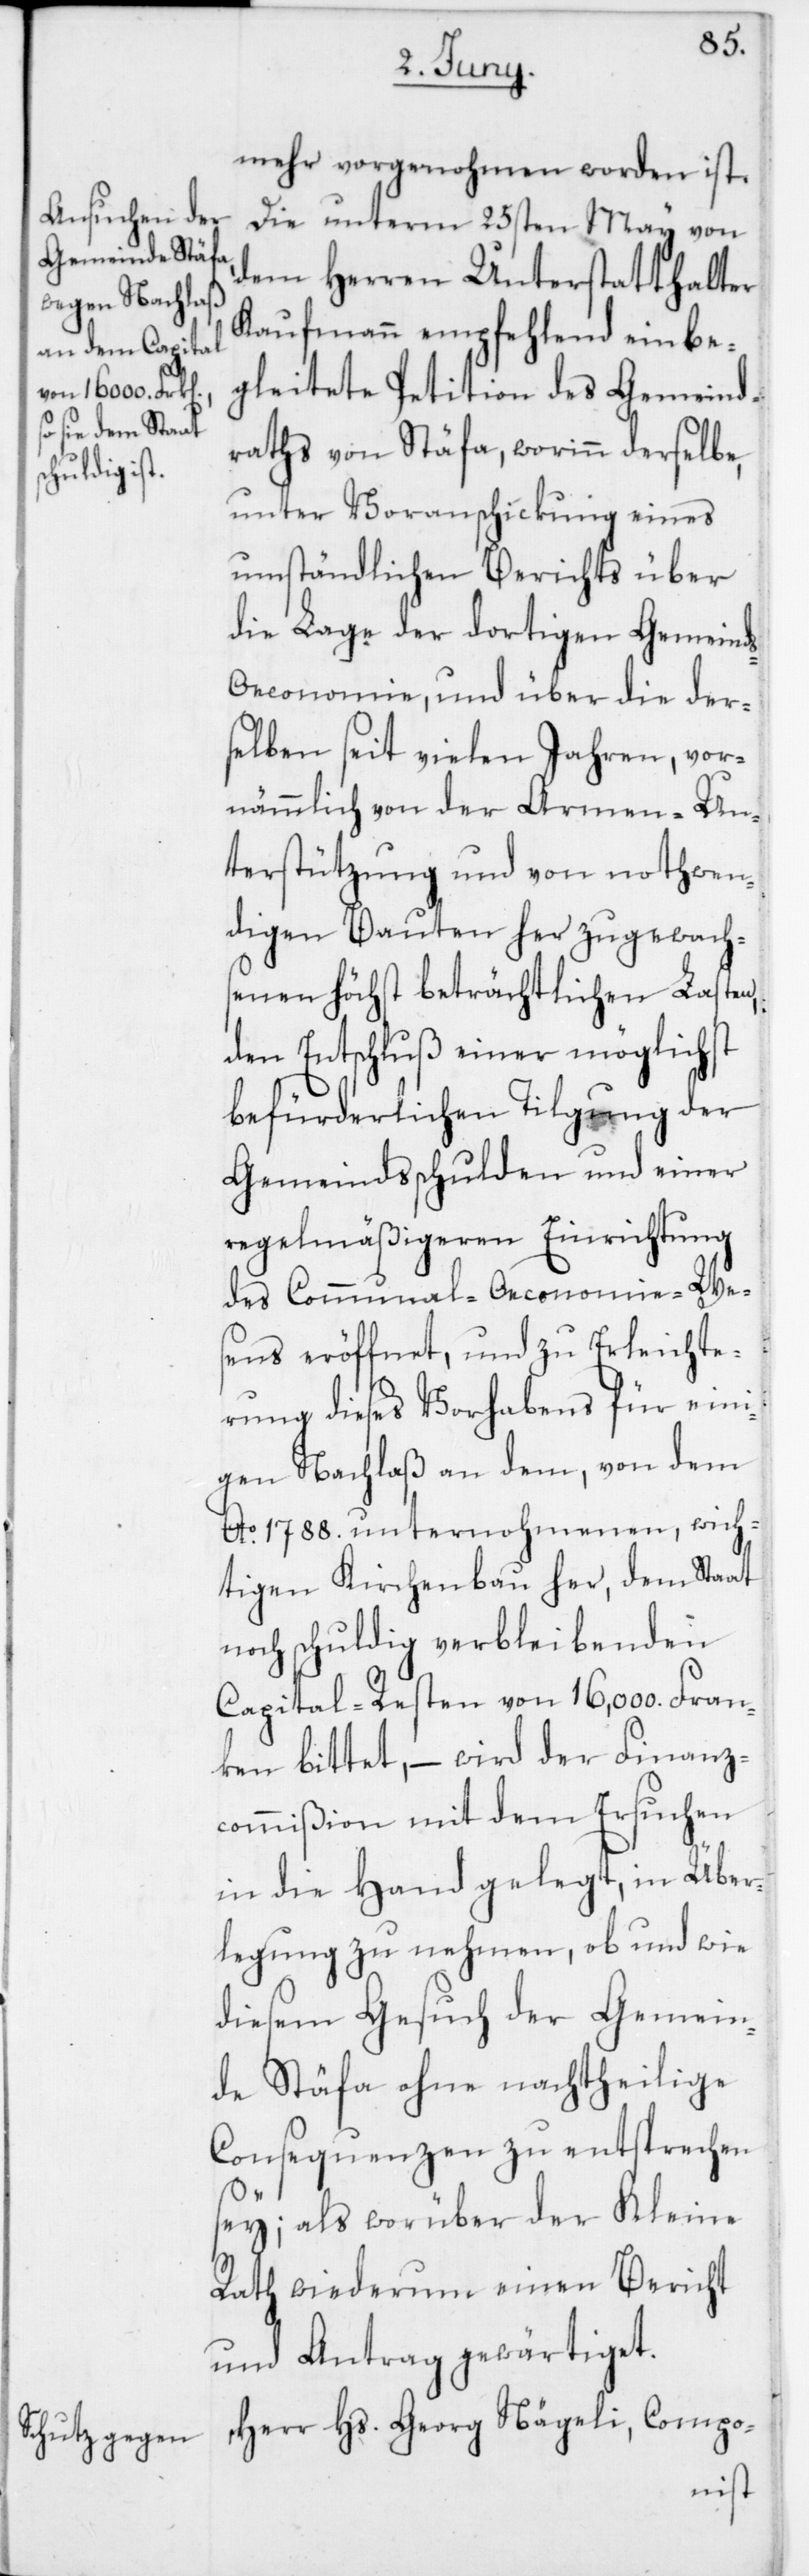
mehr vorgenohmen worden ist.
Die unterm 25sten May von
dem Herren Unterstatthalter
Kaufmann empfehlend einbe¬
gleitete Petition des Gemeind¬
raths von Stäfa, worinn derselbe,
unter Voranschickung eines
umständlichen Berichts über
die Lage der dortigen Gemeind¬
s-Oeconomie und über die der¬
selben seit vielen Jahren, vor¬
nämmlich von der Armen-Un¬
terstützung und von nothwen¬
digen Bauten her zugewachs¬
enen höchst beträchtlichen Lasten,
den Entschluß einer möglichst
befürderlichen Tilgung der
Gemeindsschulden und einer
regelmäßigeren Einrichtung
des Communal-Oeconomie-We¬
sens eröffnet, und zu Erleichte¬
rung dieses Vorhabens für eini¬
gen Nachlaß an dem, von dem
Ao 1788 unternohmenen, wich¬
tigen Kirchenbau her, dem Staat
noch schuldig verbleibenden
Capital-Resten von 16,000. Fran¬
ken bittet, – wird der Finanz¬
commißion mit dem Ersuchen
in die Hand gelegt, in Über¬
legung zu nehmen, ob und wie
diesem Gesuch der Gemein¬
de Stäfa ohne nachtheilige
Consequenzen zu entsprechen
sey; als worüber der Kleine
Rath wiederum einen Bericht
und Antrag gewärtiget.
Herr Hs. Georg Nägeli, Compo-